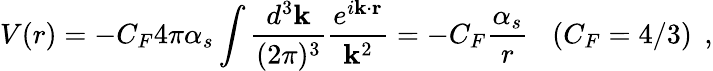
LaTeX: V(r)=-C_{F}4\pi\alpha_{s}\int\frac{d^{3}{\mathbf k}}{(2\pi)^{3}}\frac{e^{i{\mathbf k}\cdot{\mathbf r}}}{{\mathbf k}^{2}}=-C_{F}\frac{\alpha_{s}}{r}\; \; \; (C_{F}=4/3)\; \, ,